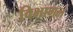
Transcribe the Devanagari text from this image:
विभागलं